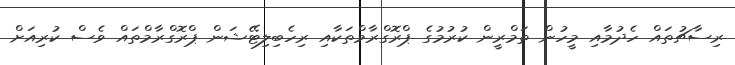
ރިސާޗުތައް ހެދުމާއި މީހުން ތަމްރީން ކުރުމުގެ ޕްރޮގްރާމްތަކާއި ރިހެބިލިޓޭޝަން ޕްރޮގްރާމްތައް ވެސް ކުރިއަށް